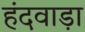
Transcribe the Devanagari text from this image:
हंदवाड़ा